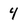
Character: 4